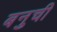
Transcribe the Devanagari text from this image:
बनुची